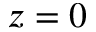
z = 0